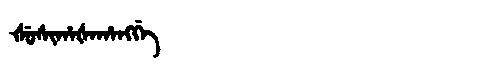
Manchu: ᡧᡠᠰᡳᡥᠠᡧᠠᡥᠠᠩᡤᡝ
Romanization: ŠUSIHAŠAHANGGE